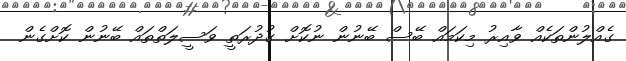
ގެއްލުންތަކެއް ވާއިރު މިކަމައް ބޭސް ބޭނުން ނުކޮށް ގުދުރަތީ ވަސީލަތްތައް ބޭނުން ކޮށްގެން